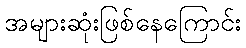
အများဆုံးဖြစ်နေကြောင်း